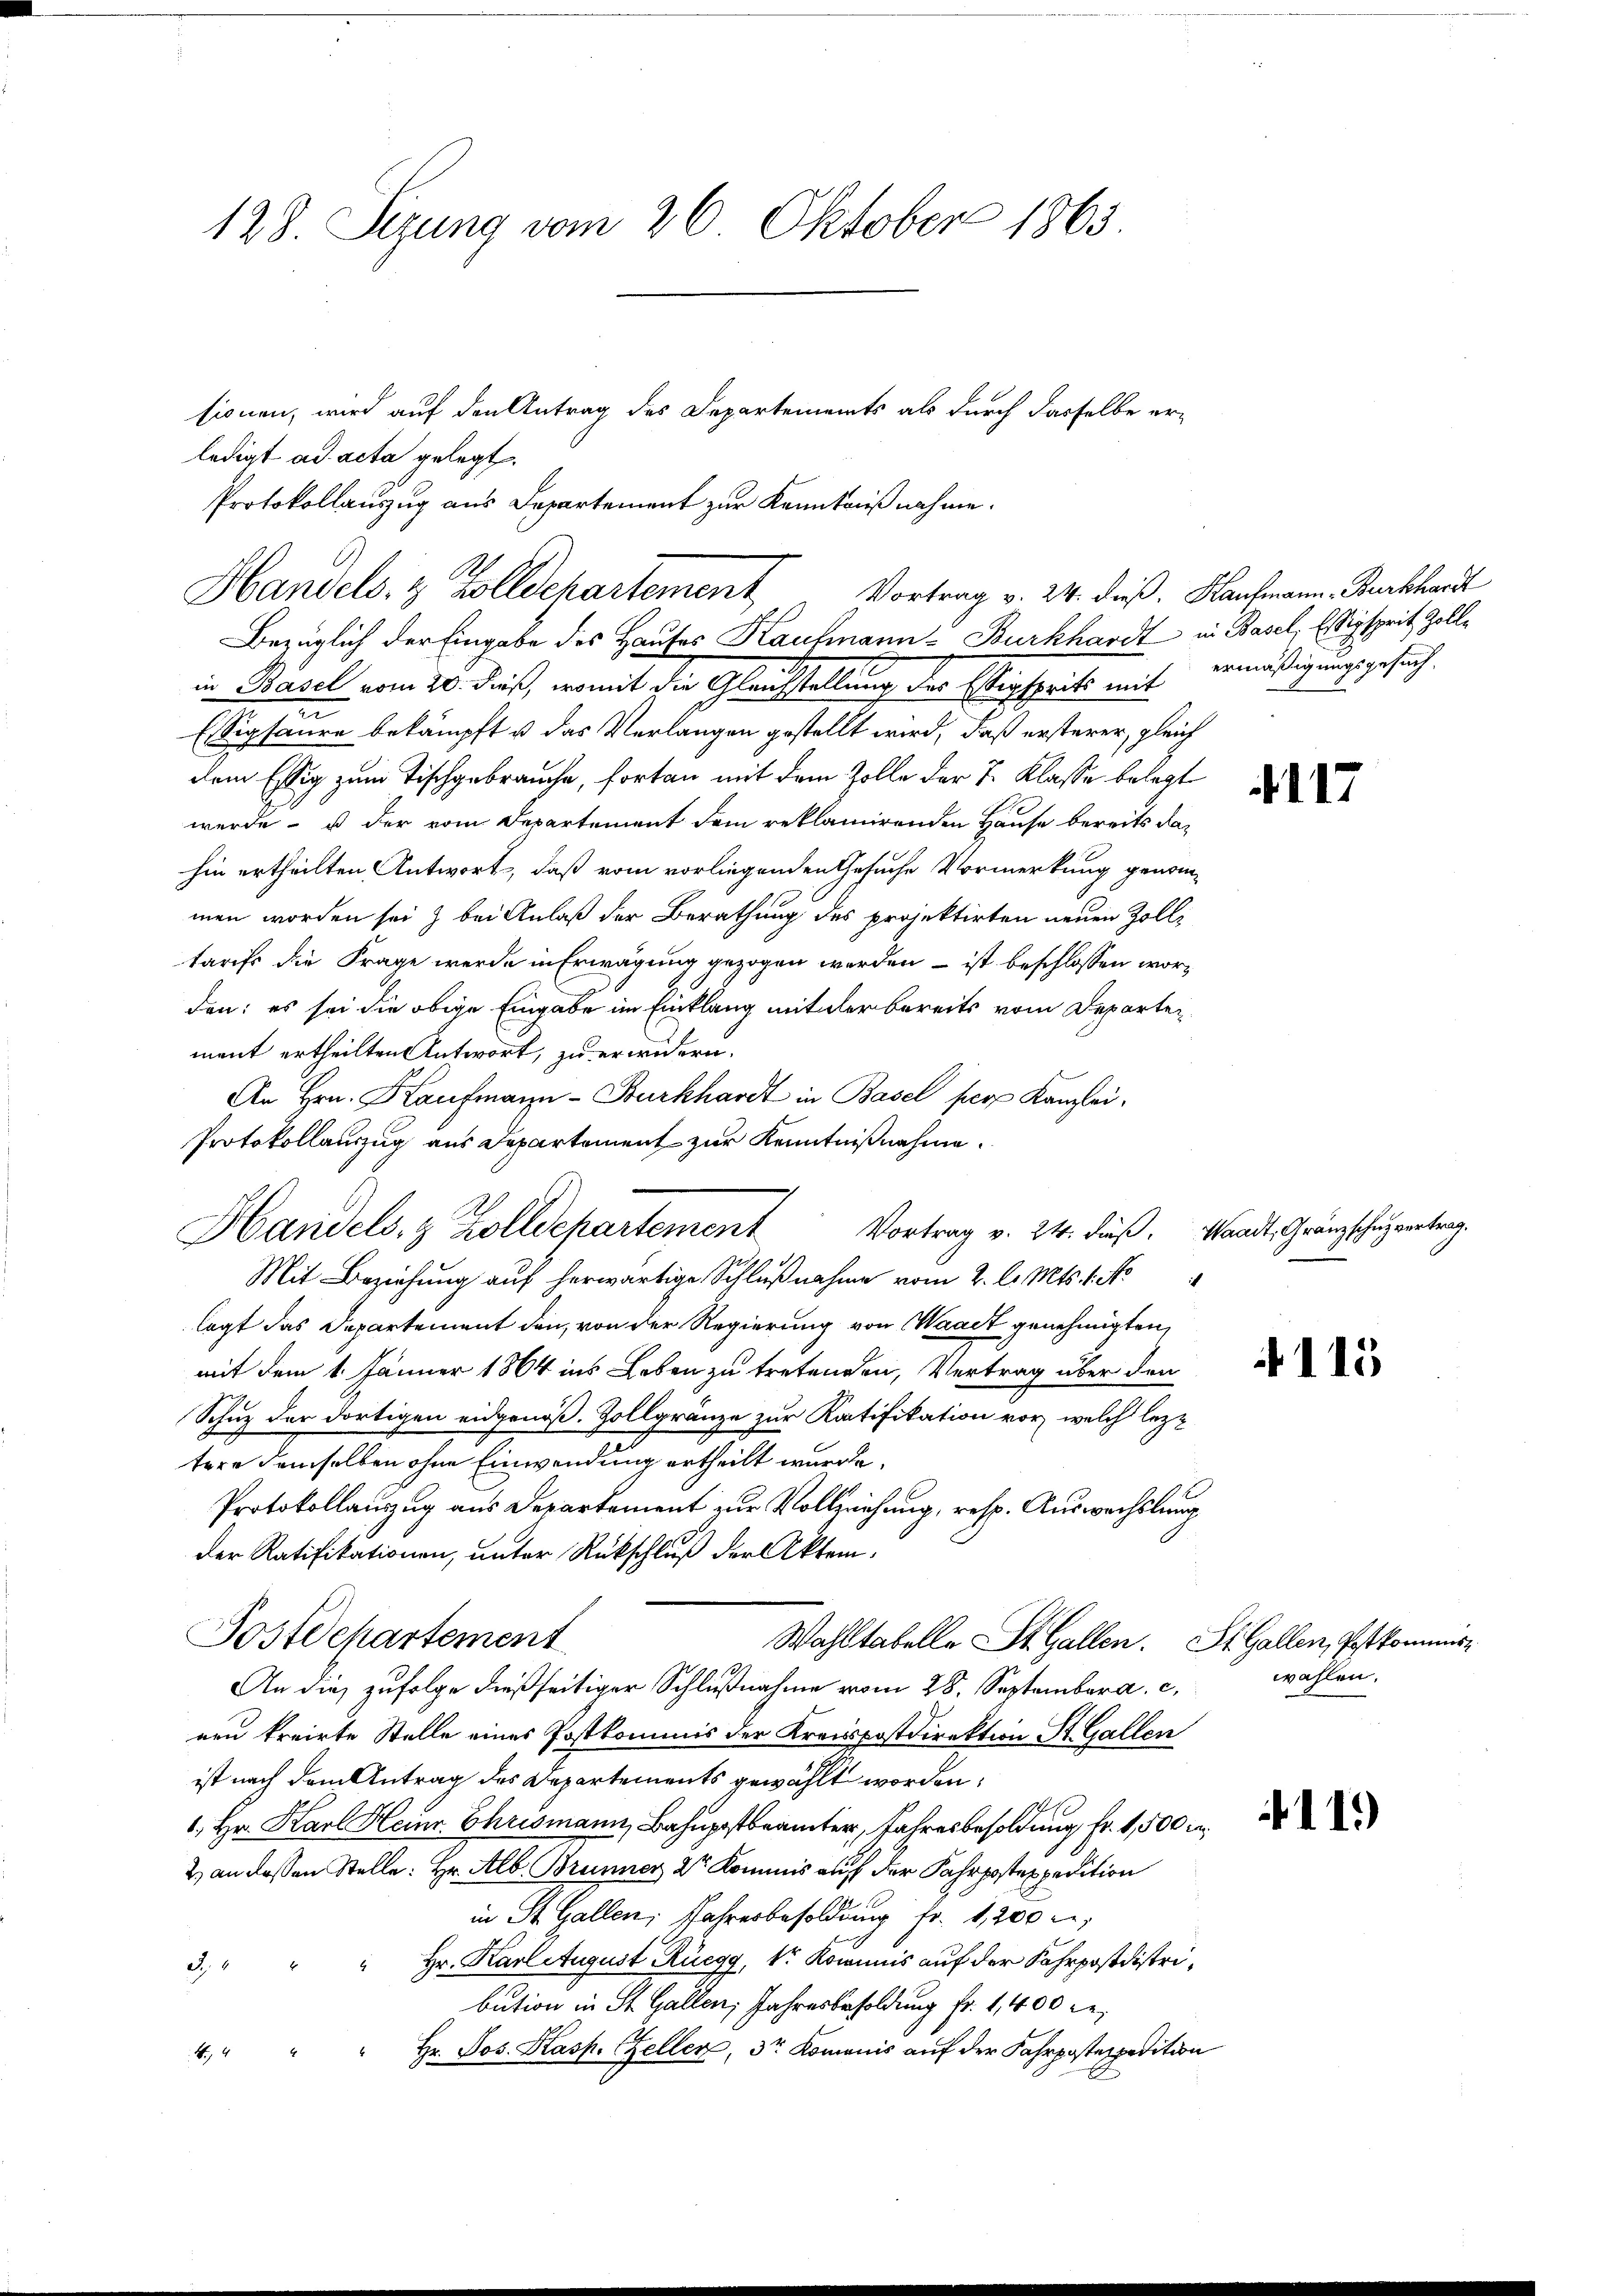
128. Sezung vom 26. Oktober 1863

ledigt ad acta gelegt.
Bezüglich der Eingabe des Hauses Kaufmann-Burkhardt in Basel, Einsprit Zollin Basel vom 20. dieß, womit die Gleichstellung der Sigsprits mit ermäßigungsgesuch
Essigsäure bekämpft u das Verlangen gestellt wird, daß ersterer, gleich
dem Essig zum Tischgebrauche, fortan mit dem Zolle der J. Klasse belegt
werde - es der vom Departement dem reklamirenden Hause bereits dahin ertheilten Antwort, daß vom vorliegenden Gesuche Vormerkung genom-
men worden sei & bei Anlaß der Berathung des projektirten neuen Zolltarifs die Frage werde in Erwägung gezogen werden, – ist beschlossen worden: es sei die obige Eingabe im Einklang mit der bereits vom Departen
ment ertheilten Antwort, zu erwidern.
An Hrn. Kaufmann-Burkhardt in Basel per Kanzlei¬
Protokollauszug aus Departement zur Kenntnißnahme.
Mit Beziehung auf herwärtige Schlußnahme vom 2. l. Mts. 1. No
lagt das Departement den von der Regierung von Waadt genehmigten,
mit dem 1. Jänner 1864 ins Leben zu tretenden, Vertrag über den
Schuz der dortigen eidgenöß. Zollgränze zur Ratifikation vor, welch leztere demselben ohne Einwendung ertheilt wurde.
Protokollauszug aus Departement zur Vollziehung, resp. Auswechslung
Der Ratifikationen, unter Rückschluß der Aktem¬
Postdepartement
Wahltabelle St. Gallen. St. Gallen, Pestkommis¬
An die zufolge dießseitiger Schlußnahme vom 28. September a. c.
nen kreirte Stelle eines Postkommis der Kreispostdirektion St. Gallen
ist nach dem Antrag des Departements gewählt worden;
1. Hr. Karl Heinr. Chrismann, Bahnpostbeamter, Jahresbesoldung fr. 1,500 i
2.) an dessen Stelle: Hr. Alb. Brunner 2te Kommis auf der Fahrpostexpedition
in St. Gallen. Jahresbesoldung fr. 1,200 l.
Hr. Karl August Rüegg, Sr. Kommnis auf der Fahrpostdistri¬
2
bution in St. Gallen Jahresbesoldung fr. 1,400 l.
" Hr. Jos. Kasp. Zeller, 3r Komanis auf der Fahrposteppetition
4

sionen, wird auf den Antrag des Departements als durch dasselbe er-
Protokollauszug aus Departement zur Kenntnuß nahme.
Handels- & Zolldepartement,

Handels- & Zolldepartement Vortrag v. 24. dieß. Standt, Gränzschuzentrag.

Vortrag v. 24. dieß. Kaufmann Burkhardt

4117

4115

wahlen.

411)